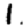
Digit: 1